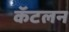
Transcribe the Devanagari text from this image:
कॅटलन